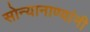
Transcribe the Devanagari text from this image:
सोन्यानाण्यांनी